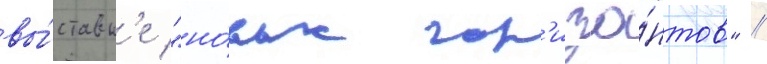
вы́ставк'е "но́вых гор'изо́нтов" //